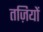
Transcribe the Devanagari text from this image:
तज़ियों